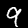
Label: 9